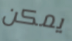
يمكن